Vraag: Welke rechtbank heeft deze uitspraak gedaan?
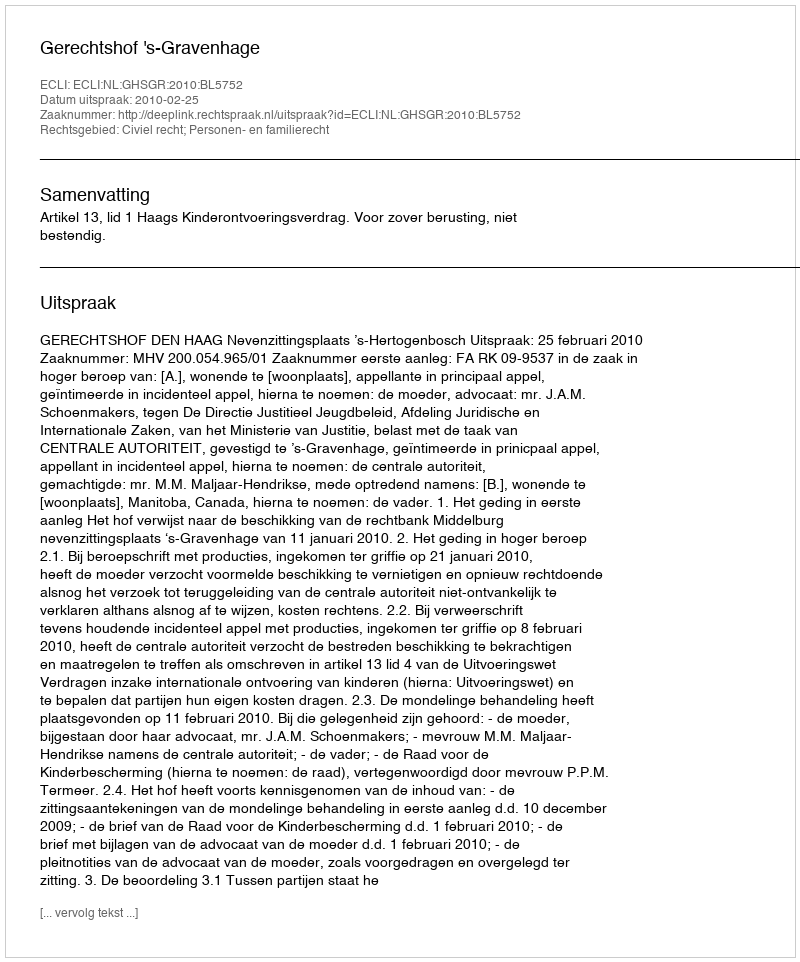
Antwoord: Gerechtshof 's-Gravenhage